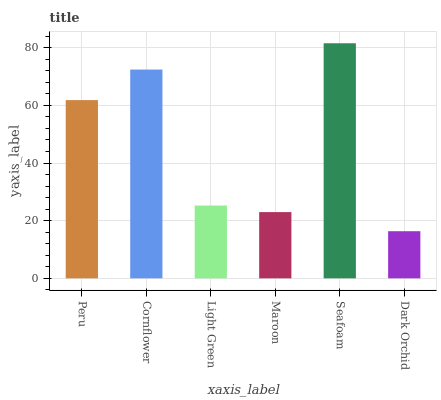
| xaxis_label | bars |
 | --- | --- |
 | Peru | 61.8 |
 | Cornflower | 72.4 |
 | Light Green | 25.3 |
 | Maroon | 23 |
 | Seafoam | 81.6 |
 | Dark Orchid | 16.4 |